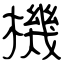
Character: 機